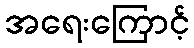
အရေးကြောင့်